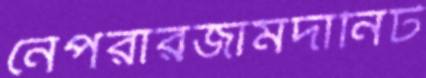
নেপরারজামদানিট